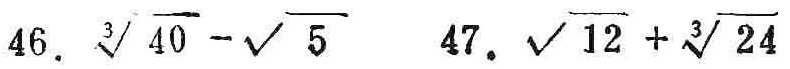
46. $\sqrt[3]{40}-\sqrt{5}$
47. $\sqrt{12}+\sqrt[3]{24}$